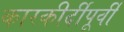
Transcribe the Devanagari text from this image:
कारकीर्दीपूर्वी